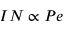
I N \propto P e